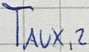
Text: TAUX,2